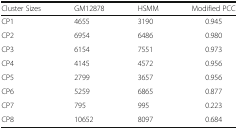
<table><thead><tr><td><b>Cluster Sizes</b></td><td><b>GM12878</b></td><td><b>HSMM</b></td><td><b>Modified PCC</b></td></tr></thead><tbody><tr><td>CP1</td><td>4655</td><td>3190</td><td>0.945</td></tr><tr><td>CP2</td><td>6954</td><td>6486</td><td>0.980</td></tr><tr><td>CP3</td><td>6154</td><td>7551</td><td>0.973</td></tr><tr><td>CP4</td><td>4145</td><td>4572</td><td>0.956</td></tr><tr><td>CP5</td><td>2799</td><td>3657</td><td>0.956</td></tr><tr><td>CP6</td><td>5259</td><td>6865</td><td>0.877</td></tr><tr><td>CP7</td><td>795</td><td>995</td><td>0.223</td></tr><tr><td>CP8</td><td>10652</td><td>8097</td><td>0.684</td></tr></tbody></table>